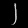
Digit: ၂